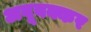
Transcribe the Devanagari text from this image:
अबूबक्कर